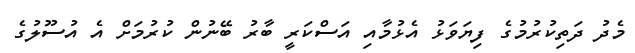
މެދު ދަތިކުރުމުގެ ފިޔަވަޅު އެޅުމާއި އަސްކަރީ ބާރު ބޭނުން ކުރުމަށް އެ އުސޫލުގެ